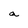
Character: a